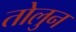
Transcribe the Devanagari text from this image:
तोलुन